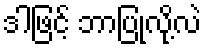
ဒါဖြင့် ဘာပြုလို့လဲ